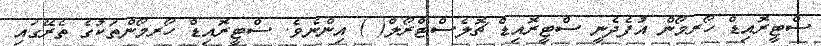
ސްޓީރޮއިޑް ހޯރމޯން އުފެދެނީ ސްޓީރޮއިޑް ޗޮލެސްޓްރޯލް( ) އިންނެވެ. ސްޓީރޮއިޑް ހޯރމޯންތަކުގެ ތެރޭގައި